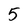
Character: 5